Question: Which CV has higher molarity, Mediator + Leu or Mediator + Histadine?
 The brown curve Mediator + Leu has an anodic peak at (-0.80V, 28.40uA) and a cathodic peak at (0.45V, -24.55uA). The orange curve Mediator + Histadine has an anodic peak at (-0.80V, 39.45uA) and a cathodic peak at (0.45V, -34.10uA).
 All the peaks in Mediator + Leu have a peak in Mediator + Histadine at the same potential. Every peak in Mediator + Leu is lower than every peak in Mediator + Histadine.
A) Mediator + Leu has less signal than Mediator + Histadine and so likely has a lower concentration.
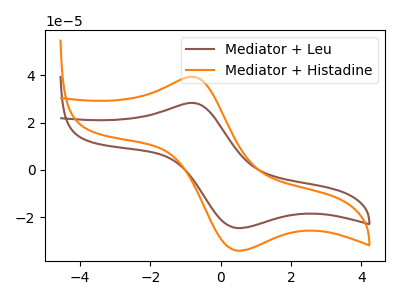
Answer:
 <answer>A) "Mediator + Leu" has less signal than "Mediator + Histadine" and so likely has a lower concentration.</answer>
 <eval>A</eval>